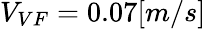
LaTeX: V_{VF}=0.07[m/s]